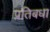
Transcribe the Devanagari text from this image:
प्रतिबधा